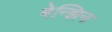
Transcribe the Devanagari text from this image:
बेन्झिन